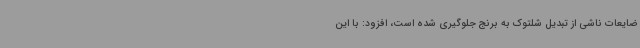
ضایعات ناشی از تبدیل شلتوک به برنج جلوگیری شده است، افزود: با این